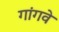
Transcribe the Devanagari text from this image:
गांगवे